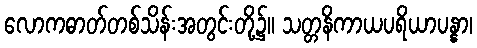
လောကဓာတ်တစ်သိန်းအတွင်းတို့၌။ သတ္တနိကာယပရိယာပန္နာ၊